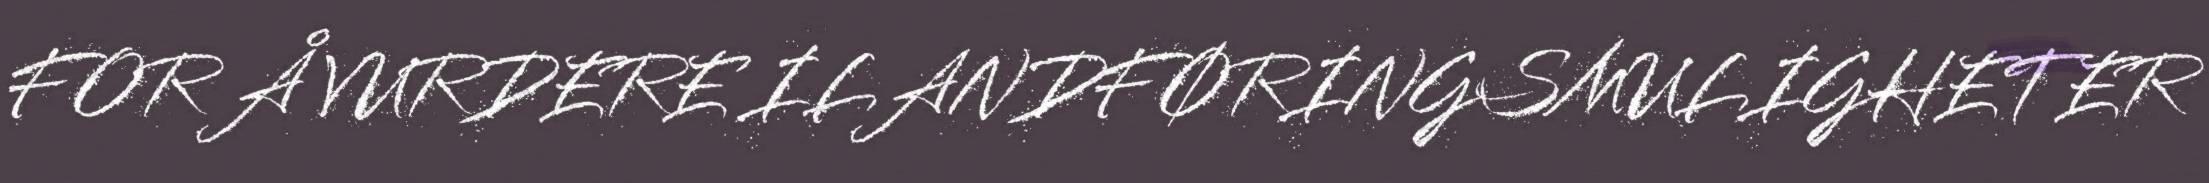
FOR Å VURDERE ILANDFØRINGSMULIGHETER